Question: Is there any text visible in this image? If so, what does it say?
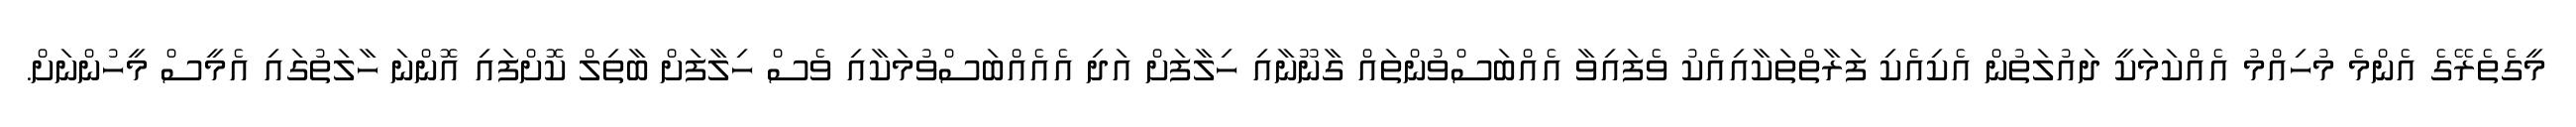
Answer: މީގެތެރޭގެ އެންމެ މުހިއްމު އެއްކަމަކީ ދައުލަތުން އެކިއެކި ފަރާތްތަކާއިއެކު ވެފައިވާ އެއްބަސްވުންތައް ގާނޫނާއި ހިލާފަށް އަދި އެއެއްބަސްވުމަކާއި ވެސް ހިލާފަށް ބާތިލް ކޮށްފައި އޮންނަ ހާލަތުގައި އެމީސް މީހުންނަށް.